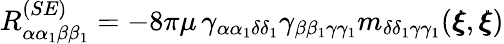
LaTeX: {R}_{\alpha\alpha_{1}\beta\beta_{1}}^{(SE)}=-8\pi\mu\, \gamma_{\alpha\alpha_{1}\delta\delta_{1}}\gamma_{\beta\beta_{1}\gamma\gamma_{1}}m_{\delta\delta_{1}\gamma\gamma_{1}}({\pmb\xi},{\pmb\xi})